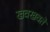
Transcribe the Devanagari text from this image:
खवखवते